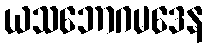
ယသဘောဂမဒေန